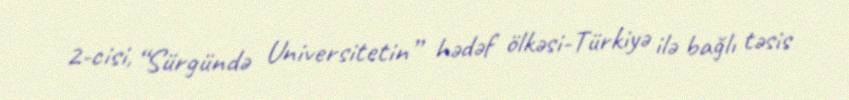
2-cisi, “Sürgündə Universitetin” hədəf ölkəsi-Türkiyə ilə bağlı təsis